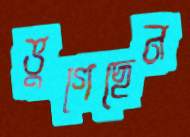
ভুগেছেন